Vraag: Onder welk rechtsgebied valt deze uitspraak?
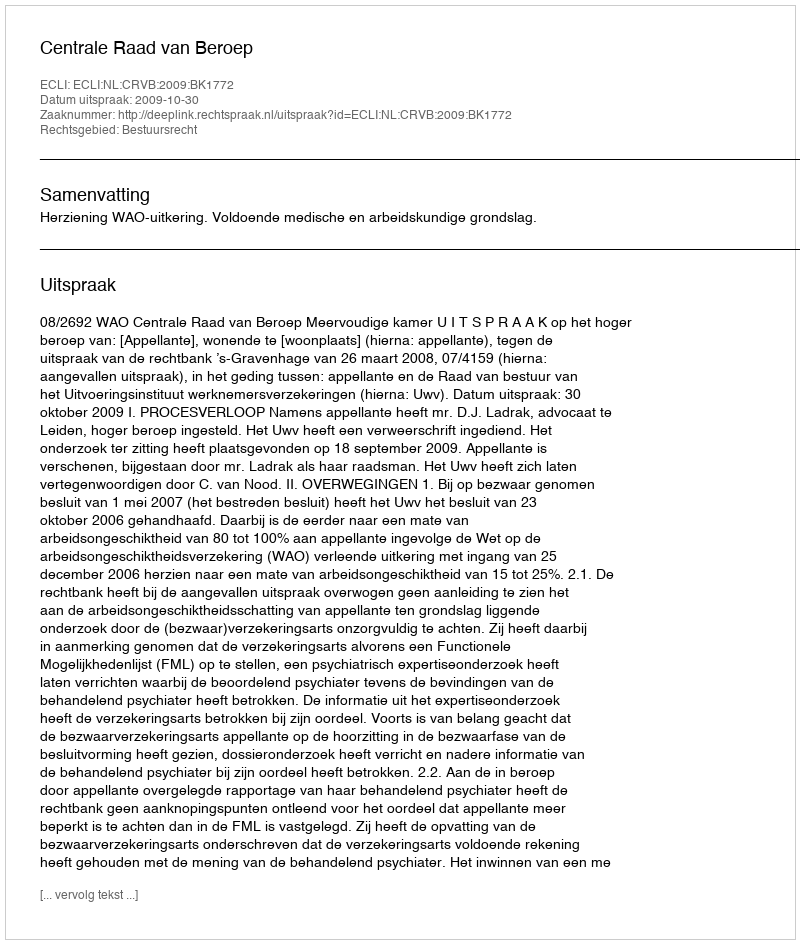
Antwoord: Bestuursrecht